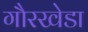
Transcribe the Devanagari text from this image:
गौरखेडा